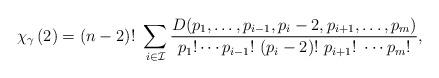
LaTeX: \begin{align*}\chi_{\gamma} \left( 2\right) =(n-2)!\ \sum_{i\in {\cal I}} \frac{D(p_1,\ldots,p_{i-1},p_i - 2,p_{i+1},\ldots,p_m)}{p_1!\cdots p_{i-1}!\ (p_{i}-2)!\ p_{i+1}!\ \cdots p_m!},\end{align*}